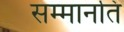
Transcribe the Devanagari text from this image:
सम्मानति